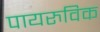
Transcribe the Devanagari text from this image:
पायरुविक